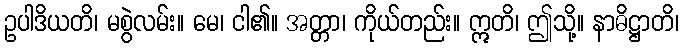
ဥပါဒိယတိ၊ မစွဲလမ်း။ မေ၊ ငါ၏။ အတ္တာ၊ ကိုယ်တည်း။ ဣတိ၊ ဤသို့။ နာဓိဋ္ဌာတိ၊